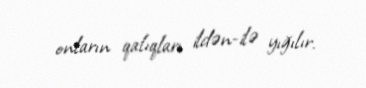
onların qalıqları ildən-ilə yığılır.